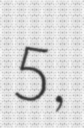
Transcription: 5,